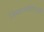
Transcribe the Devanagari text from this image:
निष्काळजीपणाही